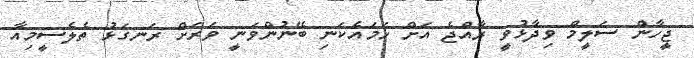
ޖީހާން ސަލީމް ވިދާޅުވީ ރާއްޖެ އަށް ހަމައެކަނި ބޭނުންވަނީ ވަރަށް ރަނގަޅު ތެލެސީމިއާ